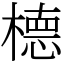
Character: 㯖